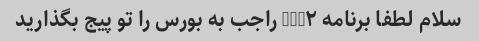
سلام لطفا برنامه NUM۲ راجب به بورس را تو پیج بگذارید